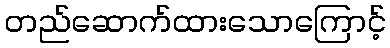
တည်ဆောက်ထားသောကြောင့်